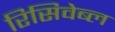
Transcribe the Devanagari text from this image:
रिसिवेब्ल